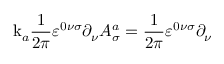
\mathrm { k } _ { a } \frac { 1 } { 2 \pi } \varepsilon ^ { 0 \nu \sigma } \partial _ { \nu } A _ { \sigma } ^ { a } = \frac { 1 } { 2 \pi } \varepsilon ^ { 0 \nu \sigma } \partial _ { \nu }